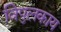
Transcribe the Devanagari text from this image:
विपुलकाय